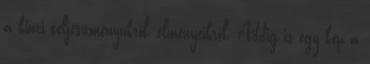
a kinti teljesítményükről, élményeikről. Addig is egy kép a